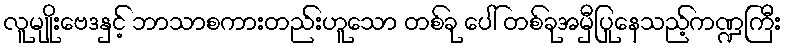
လူမျိုးဗေဒနှင့် ဘာသာစကားတည်းဟူသော တစ်ခု ပေါ် တစ်ခုအမှီပြုနေသည့်ကဏ္ဍကြီး